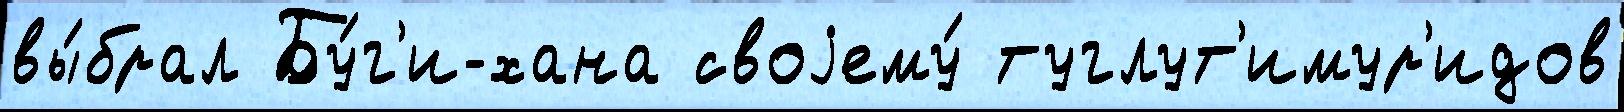
вы́брал Бу́г'и-хана своjему́ туглут'имур'идов